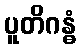
ပူတိဂန္ဓံ